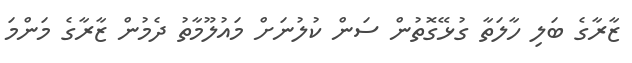
ޒާރާގެ ބަލި ހާލަތާ ގުޅޭގޮތުން ސަން ކުލުނަށް މައުލޫމާތު ދެމުން ޒާރާގެ މަންމަ